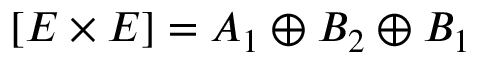
[ E \times E ] = A _ { 1 } \oplus B _ { 2 } \oplus B _ { 1 }